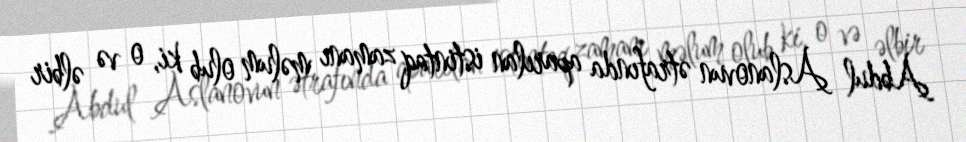
Abdul Aslanovun ətrafında aparılan istintaq zamanı məlum olub ki, o və əlbir